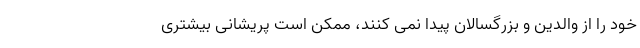
خود را از والدین و بزرگسالان پیدا نمی کنند، ممکن است پریشانی بیشتری